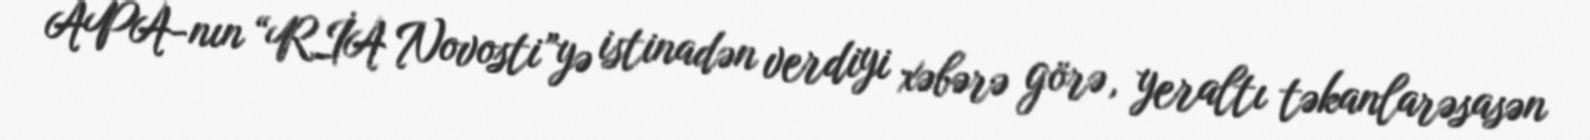
APA-nın “RİA Novosti”yə istinadən verdiyi xəbərə görə, yeraltı təkanlarəsasən